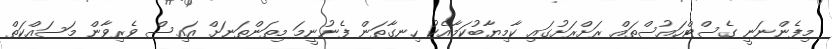
މިފެންނަނީ ގެސްޓްހައުސްތައް ރަށްރަށުގައި ކާމިޔާބުކަމާއެކު ހިނގާތަން ފެނުނީމަ މިތަންތަނަށް އައިސް ވެރިވާން މަސައްކަތް